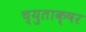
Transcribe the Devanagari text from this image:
च्युताक्षर